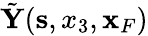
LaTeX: \tilde{\mathbf Y}({\mathbf s},x_{3},{\mathbf x}_{F})